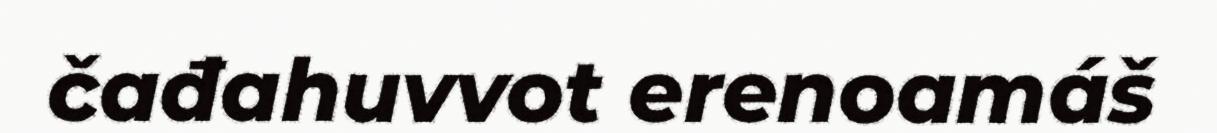
čađahuvvot erenoamáš